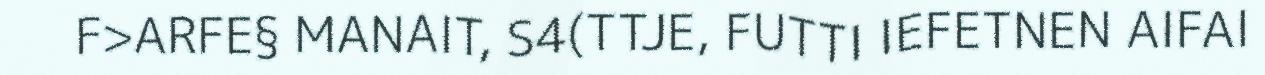
F>ARFE§ MANAIT, S4(TTJE, FUTTI IEFETNEN AIFAI